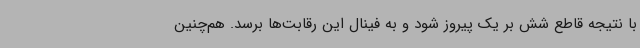
با نتیجه قاطع شش بر یک پیروز شود و به فینال این رقابت‌ها برسد. هم‌چنین